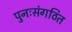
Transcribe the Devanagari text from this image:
पुनःसंगठित